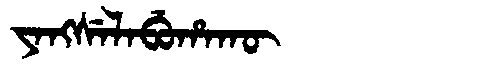
Manchu: ᠶᠠᠩᠰᡝᠯᠠᠪᡠᡥᠠᡴᡡ
Romanization: YANGSELABUHAKŪ